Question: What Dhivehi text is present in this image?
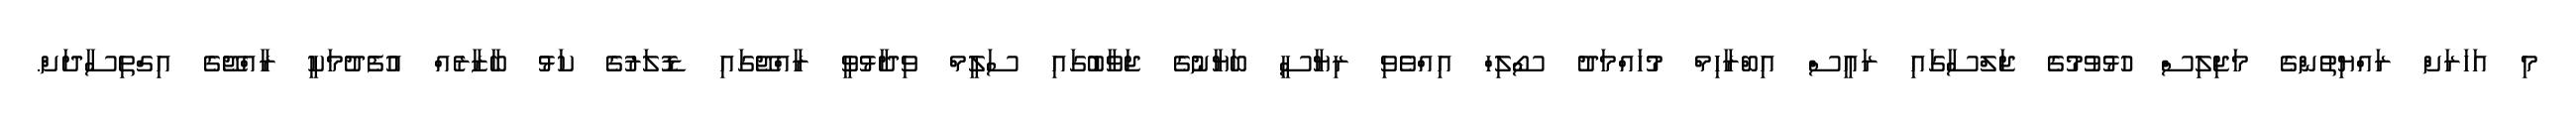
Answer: މި އަހަރަށް ރައްޔިތުންގެ މަޖިލިސް ހުޅުވުމުގެ ޖަލްސާގައި ރައީސް އިބްރާހިމް މުހައްމަދު ސޯލިހް އިއްވެވި ރިޔާސީ ބަޔާނުގެ ޖަވާބުގައި ސަލީމް ވިދާޅުވީ ރާއްޖޭގައި ޑޮލަރުގެ ކަޅު ބާޒާރެއް އުފެދުމަކީ ރާއްޖޭގެ އިގްތިސާދަށް.